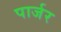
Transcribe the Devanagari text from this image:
पार्जर